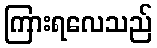
ကြားရလေသည်